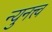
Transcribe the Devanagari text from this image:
न्युनत्त्व